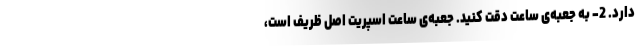
دارد. 2- به جعبه‌ی ساعت دقت کنید. جعبه‌ی ساعت اسپریتِ اصل ظریف است،